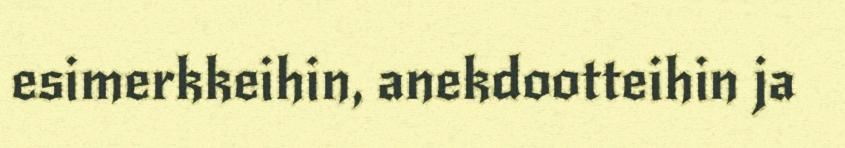
esimerkkeihin, anekdootteihin ja